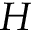
H